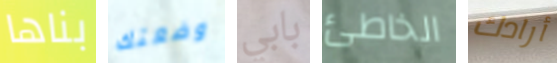
بناها وضعتك بابي الخاطئ أرادك